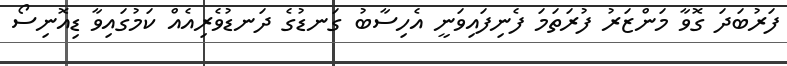
ފަރުބަދަ ގޮވާ މަންޒަރު ފުރަތަމަ ފެނިފައިވަނީ އެހިސާބު ގަނޑުގެ ދަނޑުވެރިއެއް ކަމުގައިވާ ޑިއޮނިސޯ